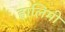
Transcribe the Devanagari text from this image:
हालिमी